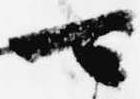
可